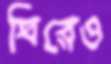
ঘিরেও